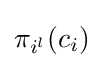
\pi _{i^{l}}(c_{i})